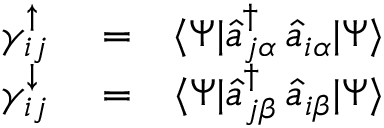
\begin{array} { r l r } { \gamma _ { i j } ^ { \uparrow } } & { { } = } & { \langle \Psi | \hat { a } _ { j \alpha } ^ { \dagger } \, \hat { a } _ { i \alpha } | \Psi \rangle } \\ { \gamma _ { i j } ^ { \downarrow } } & { { } = } & { \langle \Psi | \hat { a } _ { j \beta } ^ { \dagger } \, \hat { a } _ { i \beta } | \Psi \rangle } \end{array}